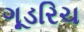
ગૂડરિચ